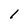
Character: 1